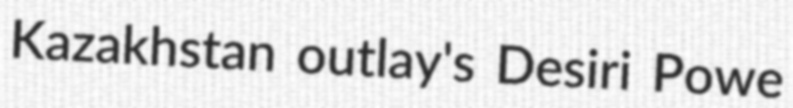
Kazakhstan outlay's Desiri Powe